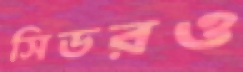
সিডরও